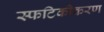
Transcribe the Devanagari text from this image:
स्फटिकीकरण